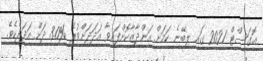
އޮގަސްޓް 2021 ގައި ލިބޭނެ ކަމަށް އަންދާޒާކޮށްފައިވާ އަދަދަށްވުރެ %3.0 ދަށް އަދަދެކެވެ.